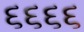
૬૬૬૬